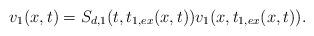
LaTeX: \begin{align*} v_1(x,t)&=S_{d,1}(t,t_{1,ex}(x,t))v_1(x,t_{1,ex}(x,t)).\end{align*}